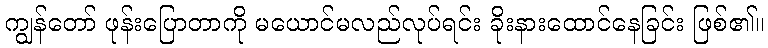
ကျွန်တော် ဖုန်းပြောတာကို မယောင်မလည်လုပ်ရင်း ခိုးနားထောင်နေခြင်း ဖြစ်၏။